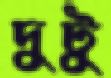
দুটু